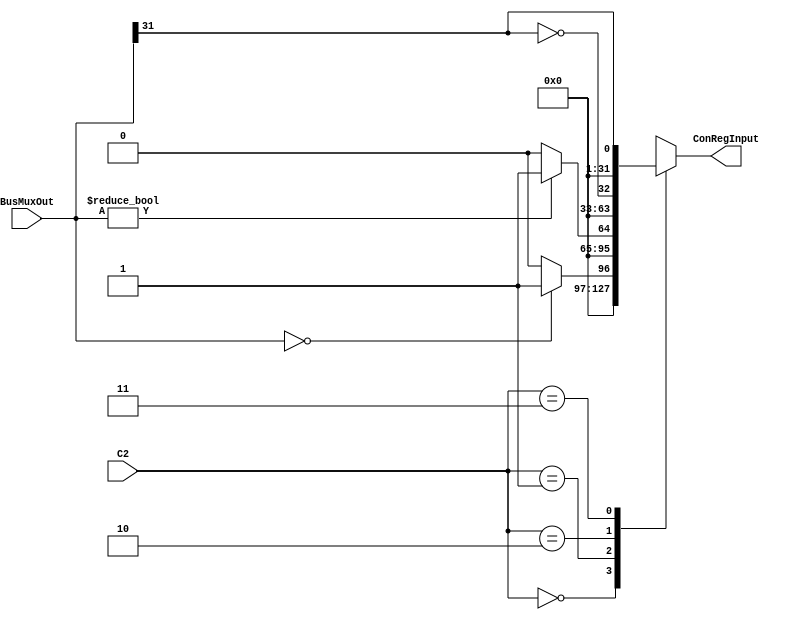
module CONFF (input [1:0] C2, input [31:0] BusMuxOut, output reg [31:0] ConRegInput); 
	always @ (*) begin
		case (C2)
			0 : begin
				if(BusMuxOut == 0)
					ConRegInput = {31'b0, 1'b1};
				else
					ConRegInput = {31'b0, 1'b0};
			end
			1 : begin
				if(BusMuxOut != 0)
					ConRegInput = {31'b0, 1'b1};
				else
					ConRegInput = {31'b0, 1'b0};
			end
			2 : ConRegInput = {31'b0, !BusMuxOut[31]}; 
			3 : ConRegInput = {31'b0, BusMuxOut[31]};
			default : ConRegInput = {31'b0, 1'b0};
		endcase
	end	
endmodule